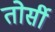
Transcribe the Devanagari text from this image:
तोर्सी